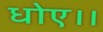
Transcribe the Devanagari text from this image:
धोए।।